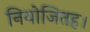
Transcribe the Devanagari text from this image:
नियोजितह।